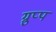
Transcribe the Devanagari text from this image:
ग्रुप्प